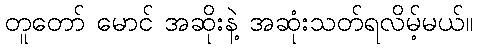
တူတော် မောင် အဆိုးနဲ့ အဆုံးသတ်ရလိမ့်မယ်။